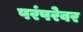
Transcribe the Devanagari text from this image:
परंपरेवर